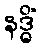
နဒ္ဓိံ